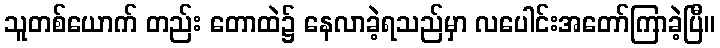
သူတစ်ယောက် တည်း တောထဲ၌ နေလာခဲ့ရသည်မှာ လပေါင်းအတော်ကြာခဲ့ပြီ။